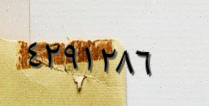
٤٢٩١٢٨٦